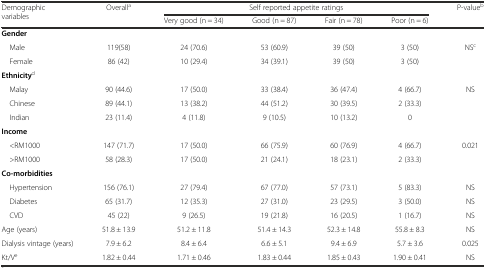
| <ROWSPAN=2> Demographic variables | <ROWSPAN=2> Overalla | <COLSPAN=4> Self reported appetite ratings | P-valueb |
 | Very good (n = 34) | Good (n = 87) | Fair (n = 78) | Poor (n = 6) |  |
 | --- | --- | --- | --- | --- | --- | --- |
 | Gender |  |  |  |  |  |  |
 | Male | 119(58) | 24 (70.6) | 53 (60.9) | 39 (50) | 3 (50) | NSc |
 | Female | 86 (42) | 10 (29.4) | 34 (39.1) | 39 (50) | 3 (50) |  |
 | Ethnicityd |  |  |  |  |  |  |
 | Malay | 90 (44.6) | 17 (50.0) | 33 (38.4) | 36 (47.4) | 4 (66.7) | NS |
 | Chinese | 89 (44.1) | 13 (38.2) | 44 (51.2) | 30 (39.5) | 2 (33.3) |  |
 | Indian | 23 (11.4) | 4 (11.8) | 9 (10.5) | 10 (13.2) | 0 |  |
 | Income |  |  |  |  |  |  |
 | <RM1000 | 147 (71.7) | 17 (50.0) | 66 (75.9) | 60 (76.9) | 4 (66.7) | 0.021 |
 | >RM1000 | 58 (28.3) | 17 (50.0) | 21 (24.1) | 18 (23.1) | 2 (33.3) |  |
 | Co-morbidities |  |  |  |  |  |  |
 | Hypertension | 156 (76.1) | 27 (79.4) | 67 (77.0) | 57 (73.1) | 5 (83.3) | NS |
 | Diabetes | 65 (31.7) | 12 (35.3) | 27 (31.0) | 23 (29.5) | 3 (50.0) | NS |
 | CVD | 45 (22) | 9 (26.5) | 19 (21.8) | 16 (20.5) | 1 (16.7) | NS |
 | Age (years) | 51.8 ± 13.9 | 51.2 ± 11.8 | 51.4 ± 14.3 | 52.3 ± 14.8 | 55.8 ± 8.3 | NS |
 | Dialysis vintage (years) | 7.9 ± 6.2 | 8.4 ± 6.4 | 6.6 ± 5.1 | 9.4 ± 6.9 | 5.7 ± 3.6 | 0.025 |
 | Kt/Ve | 1.82 ± 0.44 | 1.71 ± 0.46 | 1.83 ± 0.44 | 1.85 ± 0.43 | 1.90 ± 0.41 | NS |